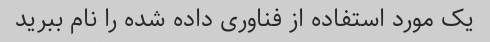
یک مورد استفاده از فناوری داده شده را نام ببرید